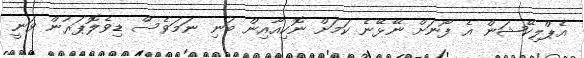
އެޕްލިކޭޝަން އެ ފޯނަށް ނޭޅޭނެ ކަމަށް ނޮކިއާއިން ބުނި ނަމަވެސް ޑިވެލޮޕަރުން ވަނީ